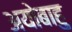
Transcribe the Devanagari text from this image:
अयोबाहु